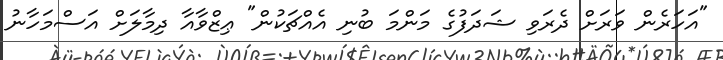
"އަހަރެން ވަރަށް ދެރަވި ޝަދަފުގެ މަންމަ ބުނި އެއްޗަކުން" ޢިޒްވާއާ ދިމާލަށް އަސްމަހާނު